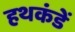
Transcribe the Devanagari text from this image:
हथकंडें